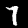
Label: 7